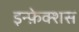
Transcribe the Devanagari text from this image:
इन्फ़ेक्शस